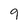
Character: 9